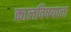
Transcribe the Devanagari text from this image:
कालविषयाला